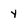
Character: y